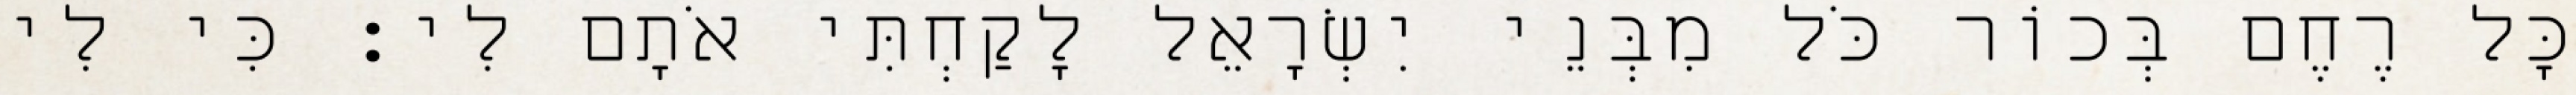
כָּל רֶחֶם בְּכוֹר כֹּל מִבְּנֵי יִשְׂרָאֵל לָקַחְתִּי אֹתָם לִי׃ כִּי לִי